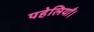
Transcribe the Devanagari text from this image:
पहेलियाँ।